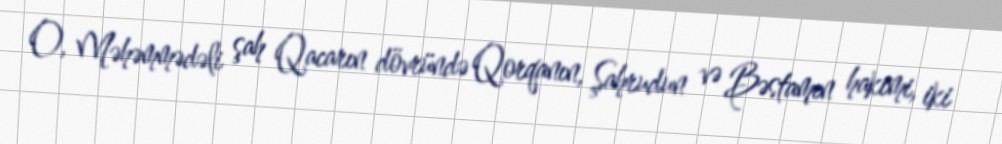
O, Məhəmmədəli şah Qacarın dövründə Qorqanın, Şahrudun və Bəstamın hakimi, iki